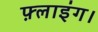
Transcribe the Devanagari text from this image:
फ़्लाइंग।